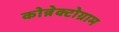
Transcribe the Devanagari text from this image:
कोन्नेक्टोग्राम